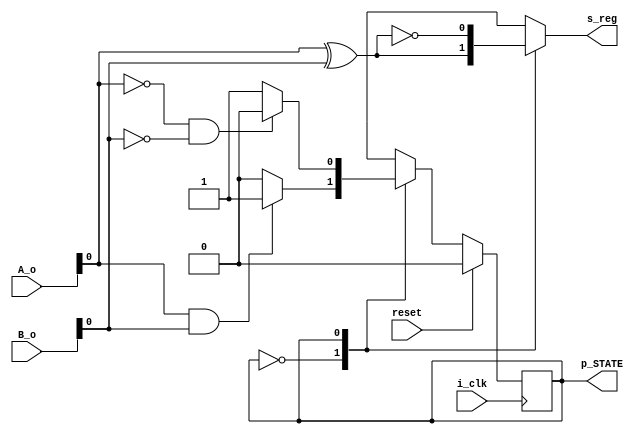
module control_FSM( i_clk , reset , A_o , B_o , p_STATE, s_reg  );
parameter WIDTH5 = 8;
input i_clk ;
input reset ;
input [WIDTH5-1:0] A_o , B_o ;



output reg  p_STATE ;
reg  nEXT_STATE ; 


parameter G = 0 ;
parameter H = 1 ;
output reg s_reg ;


//data register //

always @ (posedge i_clk)
 begin
    if (reset ==1'b1)
      begin
        p_STATE <= G ;
          end
     else
       begin
        p_STATE <= nEXT_STATE ;
          end
       end
          
 ////next_state logic + output logic ///
 
 always @ (A_o or B_o or p_STATE )
   begin
      case (p_STATE )
        G : begin
              s_reg = A_o[0]^B_o[0] ; 
                if (A_o[0]& B_o[0])
                 nEXT_STATE = H ;
                  else
                   nEXT_STATE = G ;
                   end 
        H : begin
              s_reg = ~(A_o[0]^B_o[0]);
                 if (~A_o[0]& ~B_o[0])
                    nEXT_STATE = G ;
                     else
                      nEXT_STATE = H  ;
                       end
                  default : nEXT_STATE = G ;
             endcase
        end     
                                            
endmodule